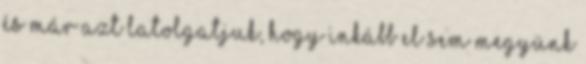
és már azt latolgatjuk, hogy inkább el sem megyünk